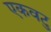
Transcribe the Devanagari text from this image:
एकवटु